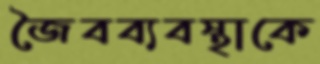
জৈবব্যবস্থাকে